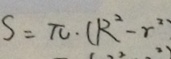
S = \pi \cdot ( R ^ { 2 } - r ^ { 2 } )